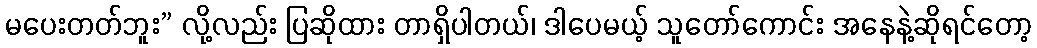
မပေးတတ်ဘူး” လို့လည်း ပြဆိုထား တာရှိပါတယ်၊ ဒါပေမယ့် သူတော်ကောင်း အနေနဲ့ဆိုရင်တော့